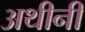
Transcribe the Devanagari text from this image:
अथीनी